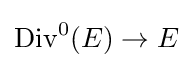
\operatorname {Div} ^{0}(E)\to E